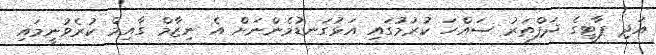
އަދި ޕާޓީގެ ދަފްތަރު ސައްހަ ކުރުމުގައި އަޅުގަނޑުމެންނަށް އެ ނިޒާމް ގާއިމް ކުރެވުނީމައި